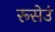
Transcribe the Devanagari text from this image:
रूसेउं